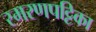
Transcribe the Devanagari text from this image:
स्मरणपट्टिका